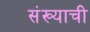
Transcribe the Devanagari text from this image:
संख्याची